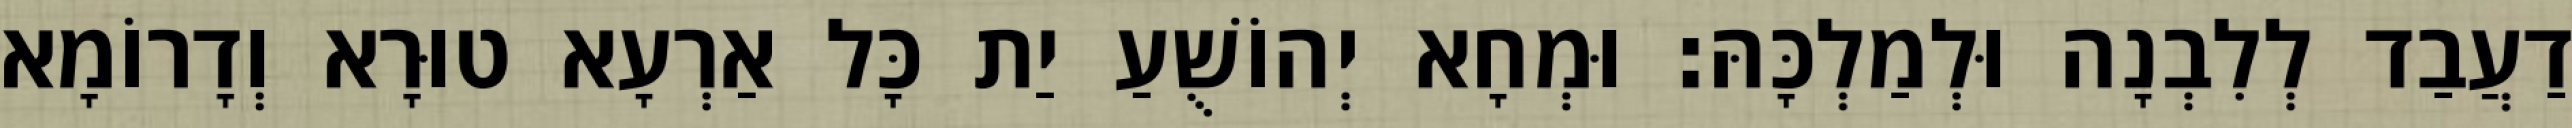
דַעֲבַד לְלִבְנָה וּלְמַלְכָּהּ׃ וּמְחָא יְהוֹשֻׁעַ יַת כָּל אַרְעָא טוּרָא וְדָרוֹמָא